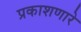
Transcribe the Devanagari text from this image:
प्रकाशणारे